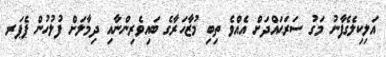
އަލިކިލެގެފާނު މަގު ސަރަޙައްދަށް އެއްވެ ތިބި މުޒާހަރާގެ ބައިވެރިންނާއި ދިމާލަށް ފުލުހުން ޕެޕަރ